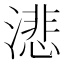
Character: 𬈺